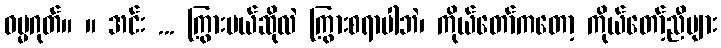
ဓမ္မဂုတ်။ ။ အင်း ... ကြွားမယ်ဆိုလဲ ကြွားစရာပါဘဲ၊ ကိုယ်တော်ကတော့ ကိုယ်တော့်ညီများ